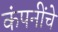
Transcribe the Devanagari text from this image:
कंपनींचे